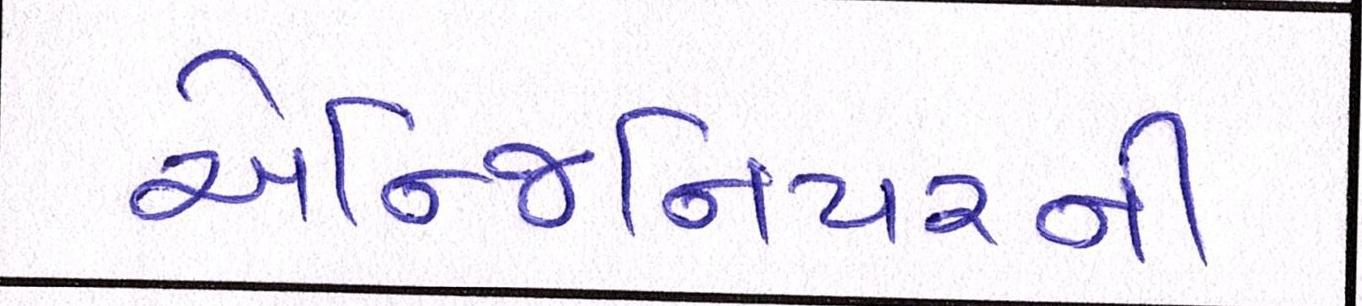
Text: એન્જિનિયરની